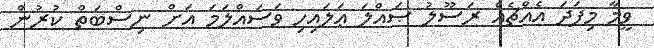
ވީމާ މިފަދަ އެއްޗެއް ރަސޫލު ޞައްލަ ޢަލައިހި ވަސައްލަމަ އަށް ނިސްބަތް ކުރުން